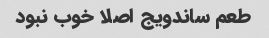
طعم ساندویج اصلا خوب نبود